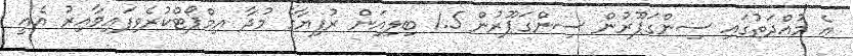
އެ މުއްދަތުގައި ސިންގަޕޫރުން ސިންގަޕޫރުން 1.5 ބިލިއަން ރުފިޔާގެ މުދާ އިމްޕޯޓްކުރެވިފައިވާއިރު އެއީ